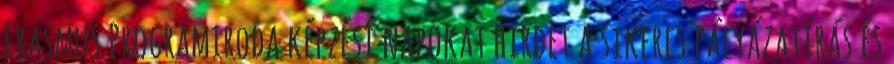
Erasmus Programiroda képzési napokat hirdet a sikeres pályázatírás és